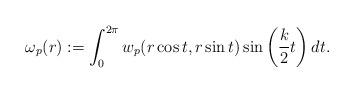
LaTeX: \begin{align*} \omega_p(r):= \int_0^{2\pi}w_p(r\cos t,r\sin t)\sin\bigg(\frac k2 t\bigg)\,dt. \end{align*}